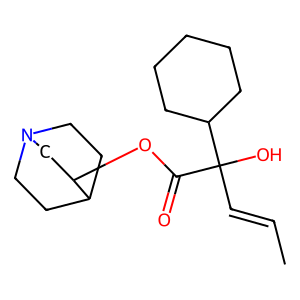
SMILES: CC=CC(O)(C(=O)OC1CN2CCC1CC2)C1CCCCC1
Inhibits HIV replication: No